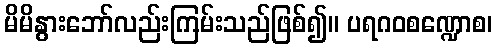
မိမိနွားဘော်လည်းကြမ်းသည်ဖြစ်၍။ ပရဂဝစဏ္ဍောစ၊